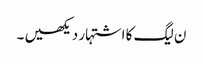
ن لیگ کا اشتہار دیکھیں ۔